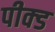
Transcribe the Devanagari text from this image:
पीक्ड